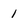
Character: i